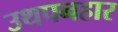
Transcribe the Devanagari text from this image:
उथपनहार